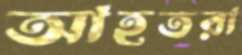
আহতরা